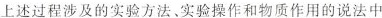
上述过程涉及的实验方法、实验操作和物质作用的说法中